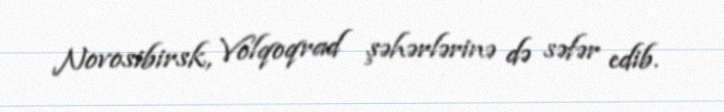
Novosibirsk, Volqoqrad şəhərlərinə də səfər edib.